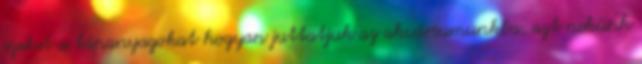
ezeket a tápanyagokat hogyan juttatjuk az akváriumunkba, azt nekünk